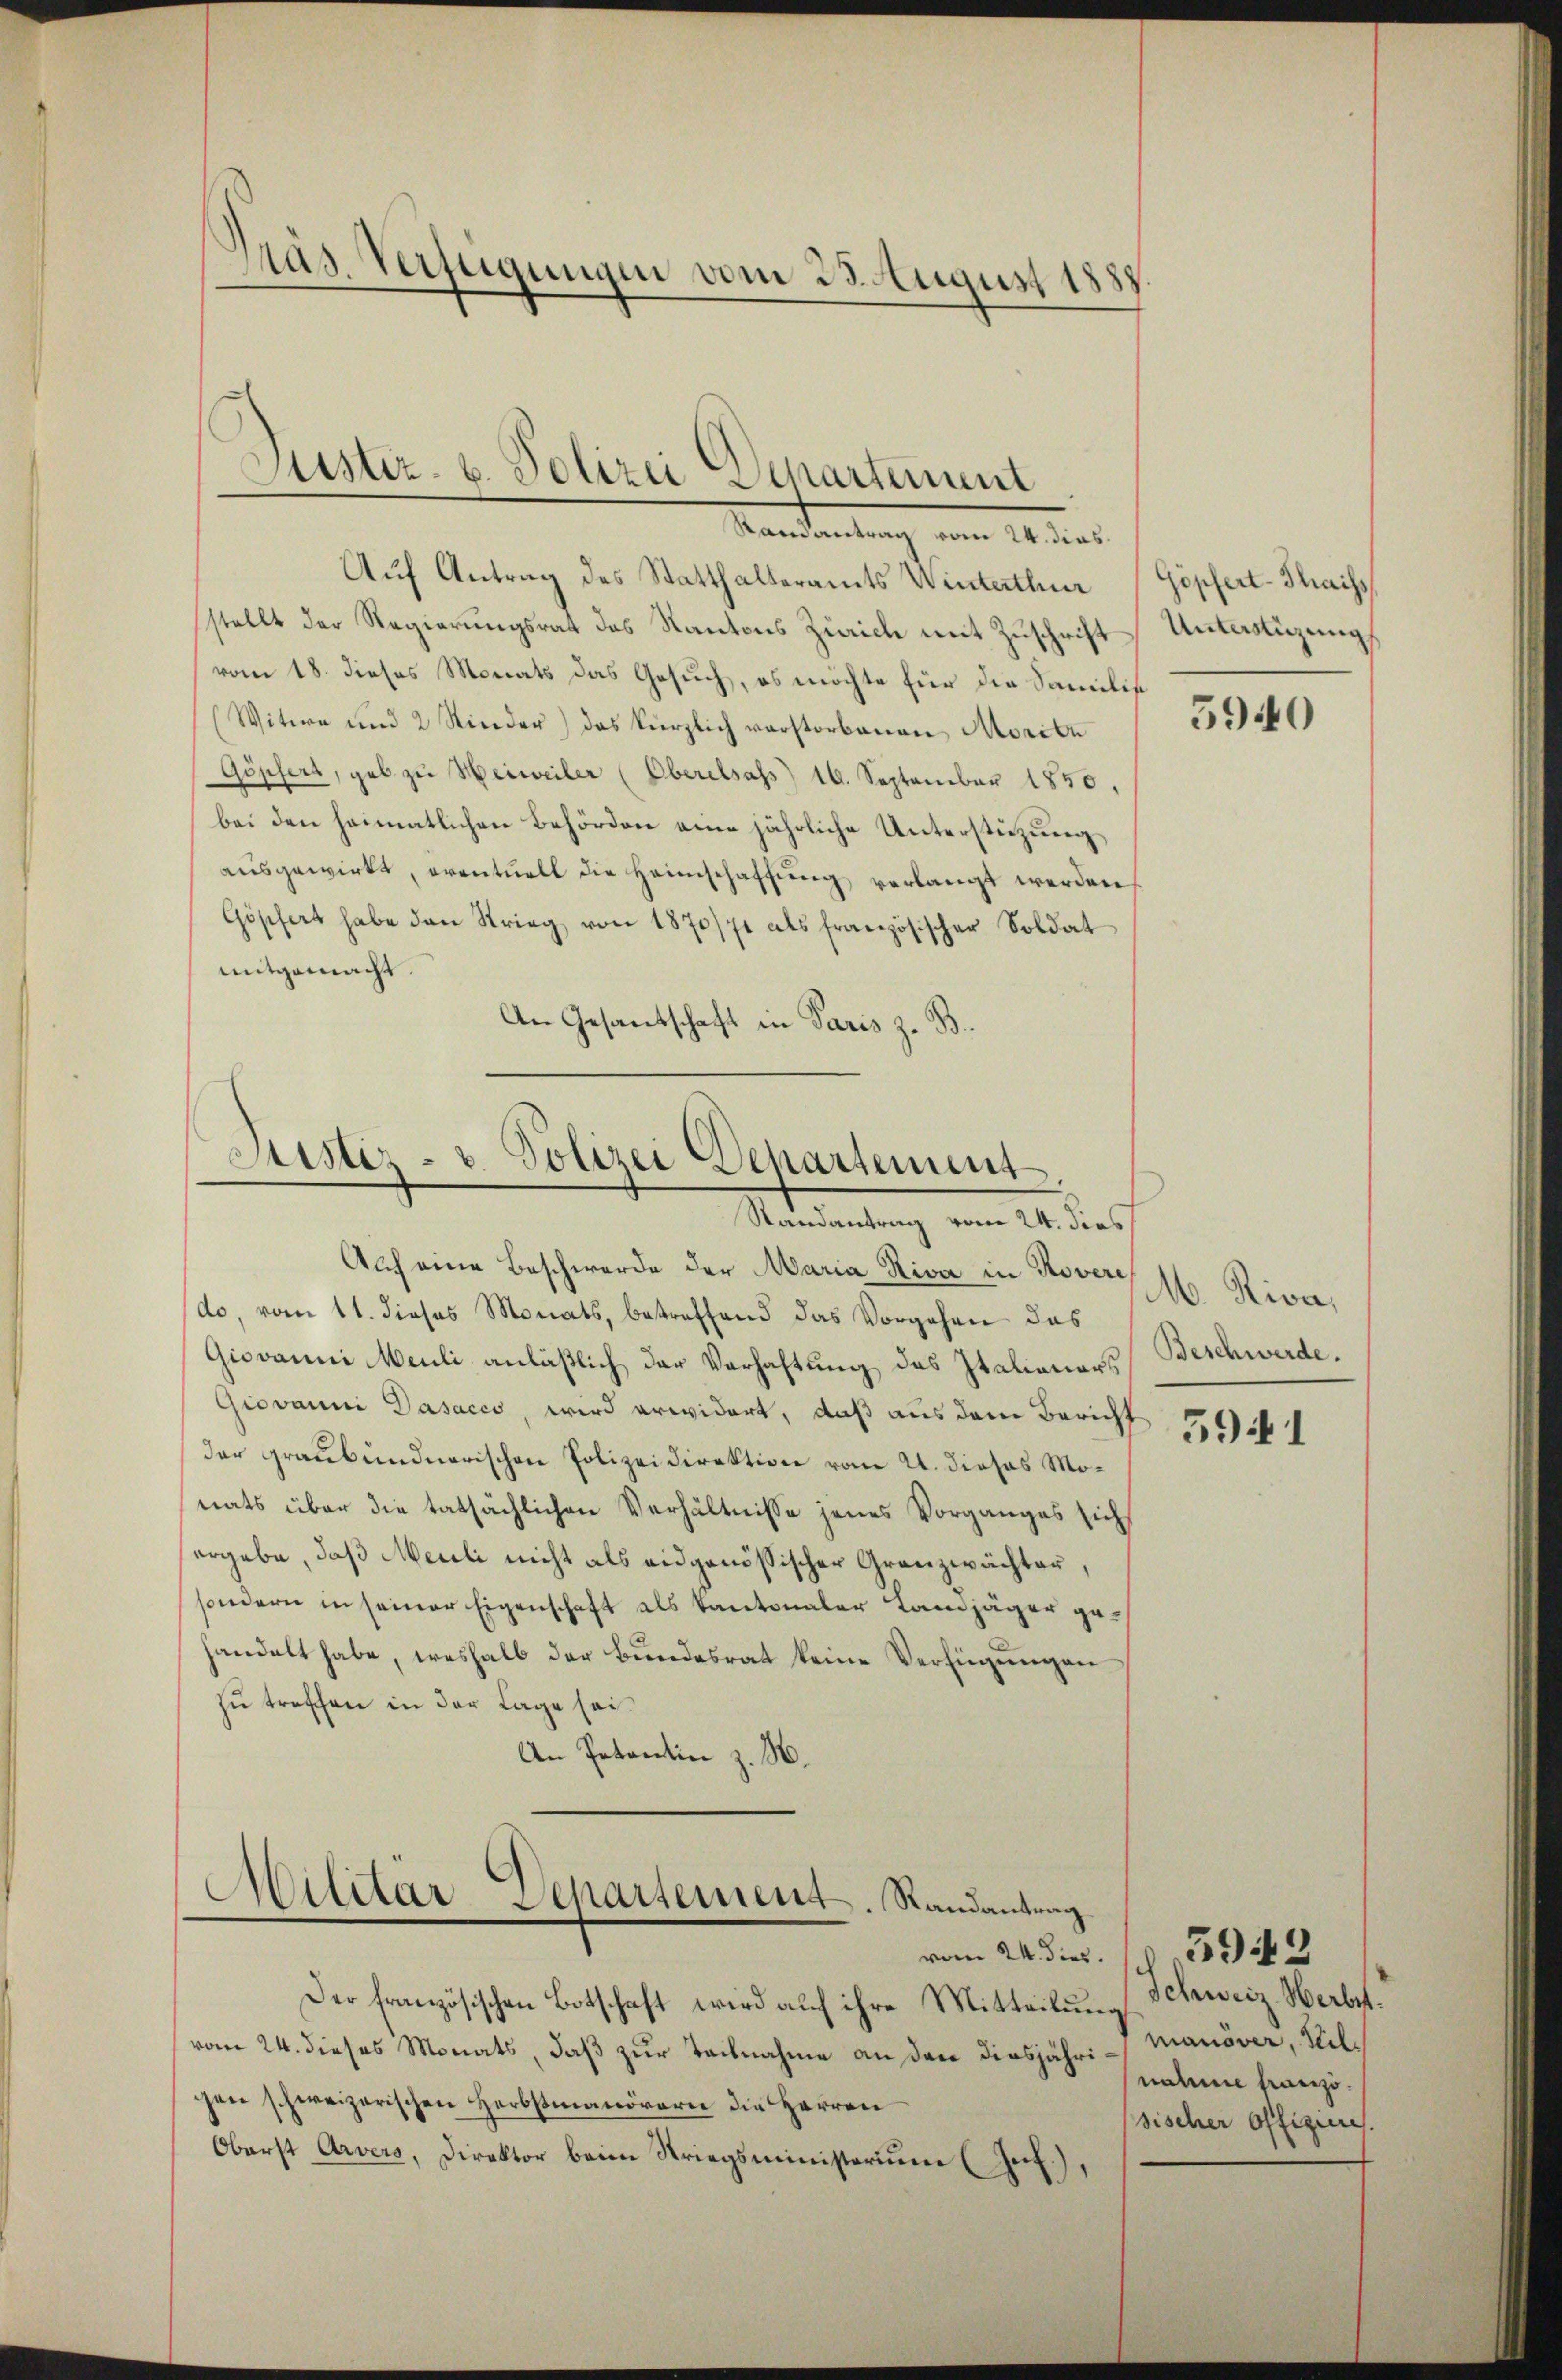
Pas. Verfügungen vom 23. August 1887

Justiz- u. Polizei Departement
Mandantung vom 12. Mer

Aŭf Antrag des Statthalteramts Winterthur (Göpfert-Thaiss
stellt der Regierungsrat das Kantons Zürich mit Zuschrift
vom 18. dieses Monats das Gesuch, es möchte für die Familie
(Witwe und 2 Kinder) das kürzlich verstorbenen Moritu
Göpfert, geb. zŭ Helweiler (Oberelsass) 16. September 1850.
bei den heimatlichen Behörden eine jährliche Unterstüzung
ausgewirkt, eventuell die Heimschaffung verlangt werden,
Göschert habe den Strieg von 1870/71 als französischer Soldat
mitgemacht.
An Gesantschaft in Paris z. B.

Sistiz- u. Polizei Departement
Randantrag vom 24. dies

Auf eine Beschwerde der Maria Riva in Rover, M. Riva,
(do, vom 11. dieses Monats, betreffend das Vorgehen das
Giovanni Meuli anläßlich der Verhaltung des Italienars
Giovanni Dasacco, wird erwidert, daß aus dem Bericht 200
der graubündnerischen Polizeidirektion vom 21. dieses Monats über die tatsächlichen Verhältnisse jenes Vorganges sich
ergebe, daß Meili nicht als eidgenössischer Granzwächter,
sondern in seiner Eigenschaft als Kantonaler Landjäger gehandelt habe, weshalb der Bundesrat keine Verfügungen
zu treffen in der Lage sei.
An Potentin z. B.

Militär Departement. Randantrag
¬
vom 24. dies. 18. 593

Der französischen Botschaft wird auf ihre Mitteilung Schweiz. Werbst.
vom 24. dieses Monats, daß zur Tachnahme an den diesjähri-Manöver, Hilchen schweizerischen Herbstmanörern die Herren
Oberst Arvers, Direktor beim Kriegsministerium (Jet),

Unterstüzung

5940

Beschwerde.

nahme französischer Offizieres.